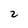
Character: 2